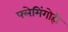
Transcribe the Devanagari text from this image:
फ्लेमिंगोही